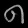
Digit: ၈